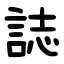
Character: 誌